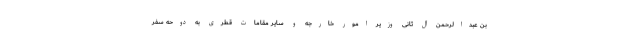
بن عبدالرحمن آل ثانی وزیر امور خارجه و سایر مقامات قطری به دوحه سفر